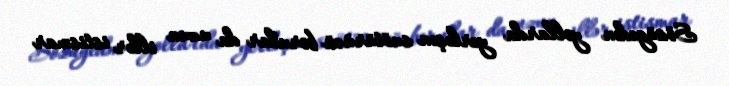
Sözügedən yollarda yerləşən suötürücü borular da uzun illər istismar